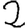
Digit: 2